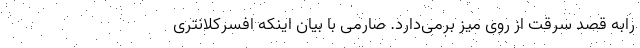
رابه قصد سرقت از روی میز برمی‌دارد. صارمی با بیان اینکه افسرکلانتری